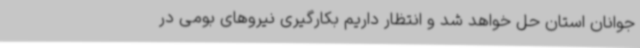
جوانان استان حل خواهد شد و انتظار داریم بکارگیری نیروهای بومی در